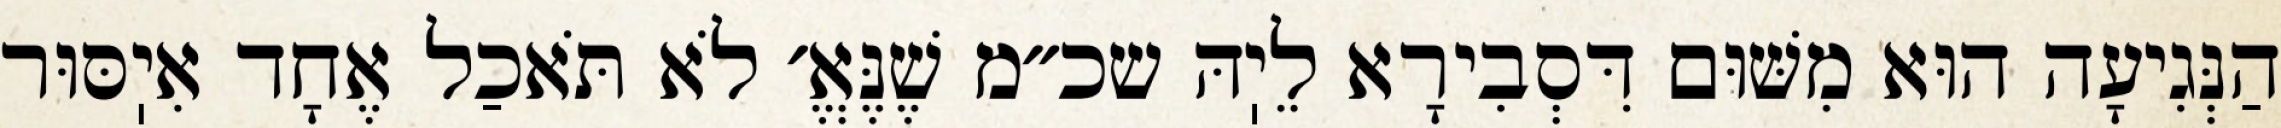
הַנְּגִיעָה הוּא מִשּׁוּם דִּסְבִירָא לֵיֽהּ שכ״מ שֶׁנֶּאֱ׳ לֹא תֹּאכַל אֶחָד אִיֽסּוּר